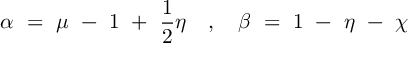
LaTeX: \alpha ~ = ~ \mu ~ - ~ 1 ~ + ~ \frac { 1 } { 2 } \eta ~ ~ ~ , ~ ~ ~ \beta ~ = ~ 1 ~ - ~ \eta ~ - ~ \chi